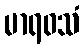
မာရဝသံ